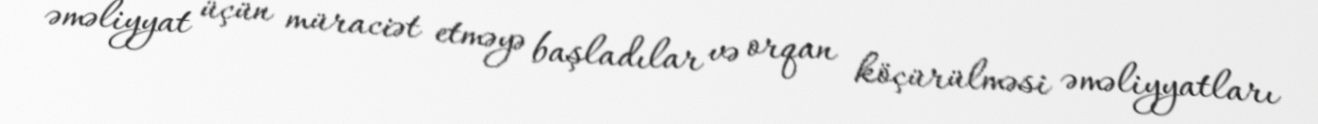
əməliyyat üçün müraciət etməyə başladılar və orqan köçürülməsi əməliyyatları